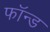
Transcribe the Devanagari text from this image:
फॉन्ड